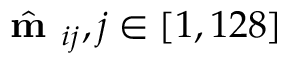
\hat { \textbf { m } } _ { i j } , j \in [ 1 , 1 2 8 ]